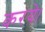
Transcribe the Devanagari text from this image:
करये।